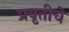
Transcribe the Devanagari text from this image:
प्रवृतीचे